Indian journal of veterinary science and animal husbandry - Volume 10,
Year: 1940
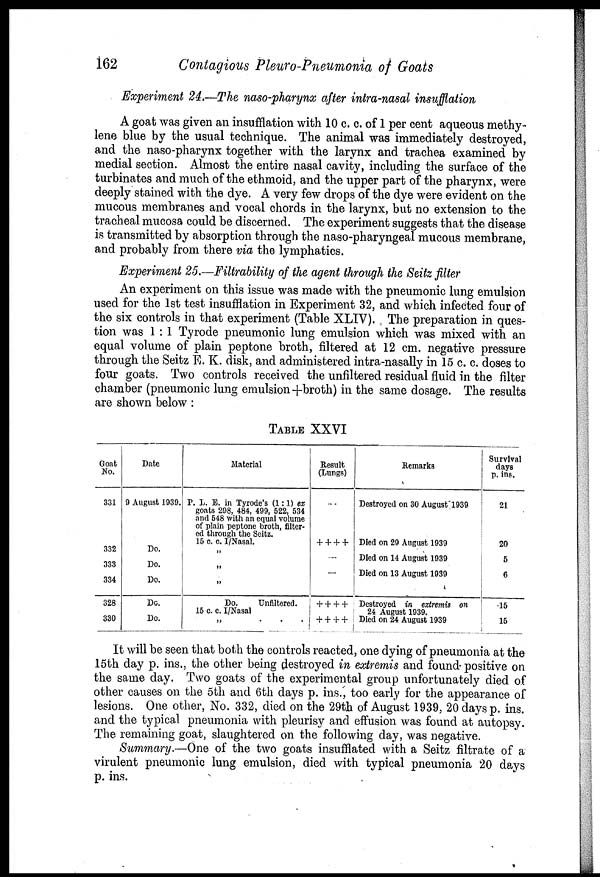
162
Contagious Pleuro-Pneumonia of Goats
Experiment 24.—The naso-pharynx after intra-nasal insufflation
A goat was given an insufflation with 10 c. c. of 1 per cent aqueous methy-
lene blue by the usual technique. The animal was immediately destroyed,
and the naso-pharynx together with the larynx and trachea examined by
medial section. Almost the entire nasal cavity, including the surface of the
turbinates and much of the ethmoid, and the upper part of the pharynx, were
deeply stained with the dye. A very few drops of the dye were evident on the
mucous membranes and vocal chords in the larynx, but no extension to the
tracheal mucosa could be discerned. The experiment suggests that the disease
is transmitted by absorption through the naso-pharyngeal mucous membrane,
and probably from there via the lymphatics.
Experiment 25.—Filtrability of the agent through the Seitz filter
An experiment on this issue was made with the pneumonic lung emulsion
used for the 1st test insufflation in Experiment 32, and which infected four of
the six controls in that experiment (Table XLIV). The preparation in ques-
tion was 1 : 1 Tyrode pneumonic lung emulsion which was mixed with an
equal volume of plain peptone broth, filtered at 12 cm. negative pressure
through the Seitz E. K. disk, and administered intra-nasally in 15 c. c. doses to
four goats. Two controls received the unfiltered residual fluid in the filter
chamber (pneumonic lung emulsion+broth) in the same dosage. The results
are shown below :
TABLE XXVI
Goat
No.
331
332
333
334
328
330
Date
9 August 1939.
Do.
Do.
Do.
Do.
Do.
Material
P. L. E. in Tyrode's (1:1) ex
goats 298, 484, 499, 522, 534
and 548 with an equal volume
of plain peptone broth, filter-
ed through the Seitz.
15 c. c. I/Nasal.
„
„
„
Do.
Unfiltered.
15 c. c. I/Nasal
„ . . .
Result
(Lungs)
—
+ + + +
—
—
+ + + +
+ + + +
Remarks
Destroyed on 30 August 1939
Died on 29 August 1939
Died on 14 August 1939
Died on 13 August 1939
Destroyed in extremis on
24 August 1939.
Died on 24 August 1939
Survival
days
p. ins.
21
20
5
6
15
15
It will be seen that both the controls reacted, one dying of pneumonia at the
15th day p. ins., the other being destroyed in extremis and found positive on
the same day. Two goats of the experimental group unfortunately died of
other causes on the 5th and 6th days p. ins., too early for the appearance of
lesions. One other, No. 332, died on the 29th of August 1939, 20 days p. ins.
and the typical pneumonia with pleurisy and effusion was found at autopsy.
The remaining goat, slaughtered on the following day, was negative.
Summary.—One of the two goats insufflated with a Seitz filtrate of a
virulent pneumonic lung emulsion, died with typical pneumonia 20 days
p. ins.